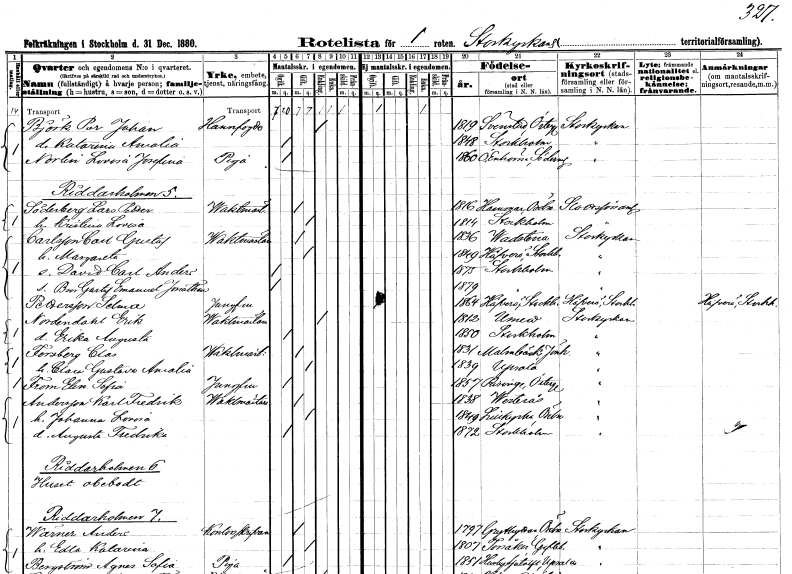
gt_parse: households: individuals: FN: Per Johan
EN: Björk
YRKE: Hamnfogde
KON: M
CIV: E
FODAR: 1819
FODFORS: Svinstad Östergötlands län
FN: Katarina Amalia
KON: K
CIV: O
FODAR: 1848
FODFORS: Stockholm
FN: Lovisa Josefina
EN: Norlin
YRKE: Piga
KON: K
CIV: O
FODAR: 1860
FODFORS: Överenhörna Stockholms län
FN: Lars Petter
EN: Söderberg
YRKE: Vaktmästare
KON: M
CIV: G
FODAR: 1816
FODFORS: Hammar Örebro län
FN: Kristina Lovisa
KON: K
CIV: G
FODAR: 1814
FODFORS: Stockholm
FN: Carl Gustaf
EN: Carlsson
YRKE: Vaktmästare
KON: M
CIV: G
FODAR: 1836
FODFORS: Vadstena Östergötlands län
FN: Margareta
KON: K
CIV: G
FODAR: 1849
FODFORS: Häverö Stockholms län
FN: David Carl Anders
KON: M
CIV: O
FODAR: 1875
FODFORS: Stockholm
FN: Bror Gustaf Emanuel Jonathan
KON: M
CIV: O
FODAR: 1879
FODFORS: Stockholm
FN: Selma
EN: Pettersson
YRKE: Jungfru
KON: K
CIV: O
FODAR: 1864
FODFORS: Häverö Stockholms län
FN: Erik
EN: Nordendahl
YRKE: Vaktmästare
KON: M
CIV: E
FODAR: 1812
FODFORS: Umeå Västerbottens län
FN: Erika Augusta
KON: K
CIV: O
FODAR: 1850
FODFORS: Stockholm
FN: Clas
EN: Forsberg
YRKE: Vaktmästare
KON: M
CIV: G
FODAR: 1831
FODFORS: Malmbäck Jönköpings län
FN: Clara Gustava Amalia
KON: K
CIV: G
FODAR: 1839
FODFORS: Uppsala Uppsala län
FN: Elin Sofia
EN: From
YRKE: Jungfru
KON: K
CIV: O
FODAR: 1857
FODFORS: Risinge Östergötlands län
FN: Karl Fredrik
EN: Andersson
YRKE: Vaktmästare
KON: M
CIV: G
FODAR: 1838
FODFORS: Västerås Västmanlands län
FN: Johanna Lovisa
KON: K
CIV: G
FODAR: 1849
FODFORS: Lillkyrka Örebro län
FN: Augusta Fredrika
KON: K
CIV: O
FODAR: 1872
FODFORS: Stockholm